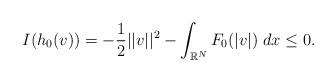
LaTeX: \begin{align*}I(h_0(v)) = - \dfrac{1}{2}||v||^2 - \int_{\mathbb{R}^N}F_0(|v|)\;dx \leq 0.\end{align*}